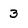
Character: 3